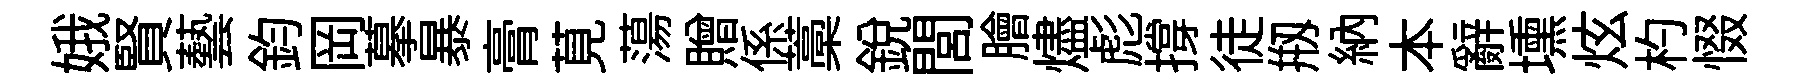
娥賢藝鈞岡摹暴膏莧蕩贈係藁銳閭膾燼彪撐徒剏納本辭壎炫杓惙